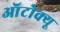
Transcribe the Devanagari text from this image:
ऑटोक्यू